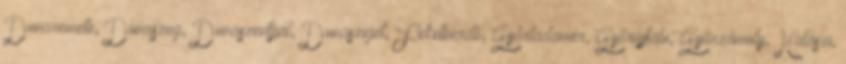
Dunaremete, Dunaszeg, Dunaszentpál, Dunasziget, Feketeerdő, Győrladamér, Győrújfalu, Győrzámoly, Halászi,